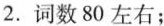
2.词数80左右；